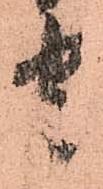
守